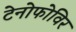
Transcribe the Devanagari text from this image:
टेनोफोविर